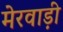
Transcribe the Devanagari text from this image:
मेरवाड़ी